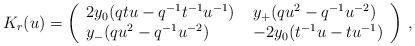
LaTeX: \begin{align*}K_r (u)=\left( \begin{array}{ll}2y_{0}(qtu-q^{-1}t^{-1}u^{-1}) \; & y_{+}(qu^2 -q^{-1}u^{-2}) \\y_{-}(qu^2 -q^{-1}u^{-2}) \; & -2y_{0}(t^{-1}u-tu^{-1})\end{array} \right )\, ,\end{align*}